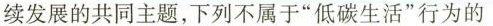
续发展的共同主题，下列不属于”低碳生活”行为的